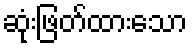
ဆုံးဖြတ်ထားသော